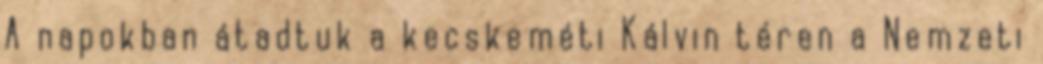
A napokban átadtuk a kecskeméti Kálvin téren a Nemzeti